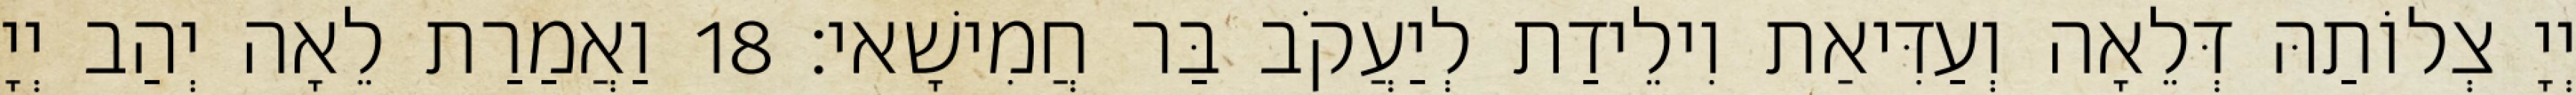
יְיָ צְלוֹתַהּ דְּלֵאָה וְעַדִּיאַת וִילֵידַת לְיַעֲקֹב בַּר חֲמִישָׁאי׃ 18 וַאֲמַרַת לֵאָה יְהַב יְיָ